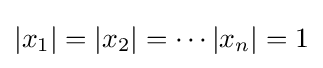
|x_{1}|=|x_{2}|=\cdots |x_{n}|=1